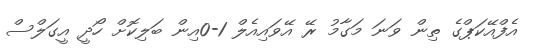
އެފްއޭކަޕްގެ ތިން ވަނަ މަގާމު ރޭ އޭވައިއެލް 1-0އިން ބަލިކޮށް ހޯދީ އީގަލްސް